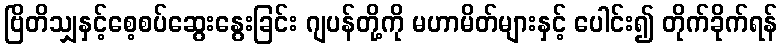
ဗြိတိသျှနှင့်စေ့စပ်ဆွေးနွေးခြင်း ဂျပန်တို့ကို မဟာမိတ်များနှင့် ပေါင်း၍ တိုက်ခိုက်ရန်